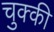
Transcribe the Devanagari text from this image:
चुक्की